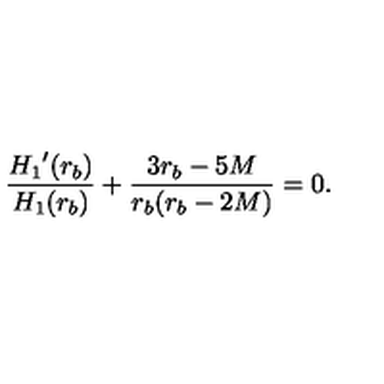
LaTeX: \frac { { H _ { 1 } } ^ { \prime } ( r _ { b } ) } { H _ { 1 } ( r _ { b } ) } + \frac { 3 r _ { b } - 5 M } { r _ { b } ( r _ { b } - 2 M ) } = 0 .